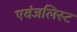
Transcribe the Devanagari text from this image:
एवंजलिस्ट